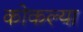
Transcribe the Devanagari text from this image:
कोकल्या